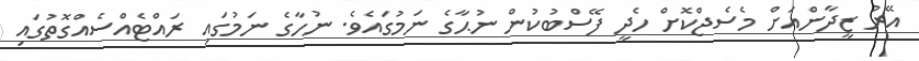
އޭރު ޒީދާންއަށް މެސެޖްކޮށް ހެދީ ފޭސްބުކުން ނުޙާގެ ނަމުގައެވެ. ނުހާގެ ނަމުގައި ރައްޓެއްސެއްގޮތުގައި